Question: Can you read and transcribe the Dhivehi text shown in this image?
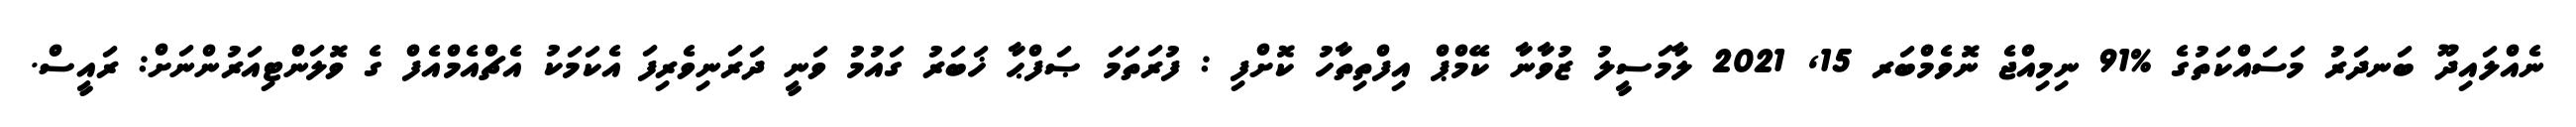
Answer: ނެއްލައިދޫ ބަނދަރު މަސައްކަތުގެ %91 ނިމިއްޖެ ނޮވެމްބަރ 15, 2021 ލާމަސީލު ޒުވާނާ ކޭމްޕް އިފްތިތާހު ކޮށްފި : ފުރަތަމަ ޞަފްޙާ ޚަބަރު ގައުމު ވަނީ ދަރަނިވެރިފަ އެކަމަކު އެޗްއެމްއެފް ގެ ވޮލަންޓިއަރުންނަށް: ރައީސް.